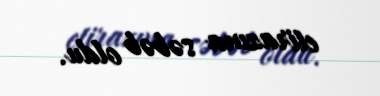
etirazına səbəb oldu.